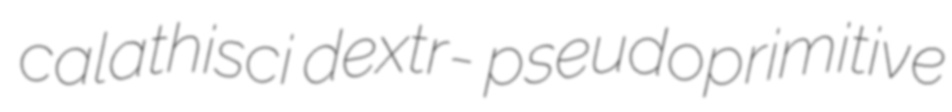
calathisci dextr- pseudoprimitive